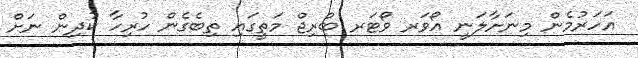
އަހަރުމެން މިނަށާލަނީ އޯވަރ ވޯޓަރ ބްރިޖް މަތީގައި ތިބެގެން ހުރިހާ ކުދިން ނަށް